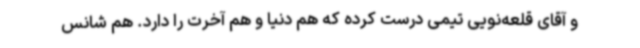
و آقای قلعه‌نویی تیمی درست کرده که هم دنیا و هم آخرت را دارد. هم شانس